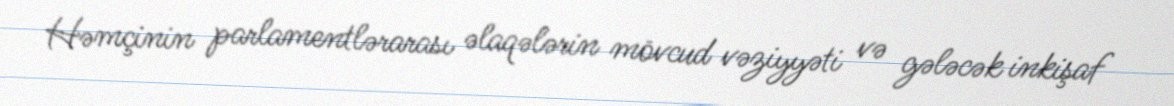
Həmçinin parlamentlərarası əlaqələrin mövcud vəziyyəti və gələcək inkişaf